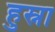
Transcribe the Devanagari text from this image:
हुस्ना